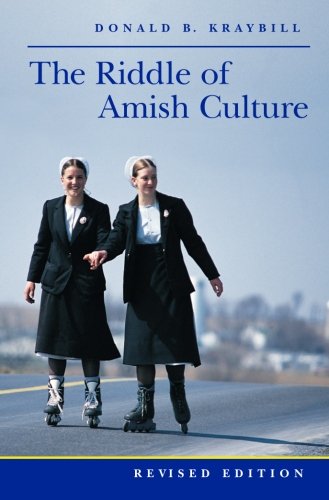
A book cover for The Riddle of Amish Culture (Center Books in Anabaptist Studies); Donald B. Kraybill; Christian Books & Bibles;